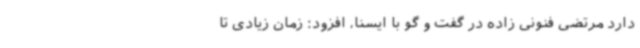
دارد مرتضی فنونی زاده در گفت و گو با ایسنا، افزود: زمان زیادی تا